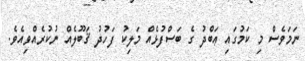
ނަމަވެސް މި ކަމުގައި ޢަބްދު ގެ ބަސްފުޅެއް މަލިކު ފަހުދު ޤަބޫލެއް ނުކުރެއްވިއެވެ.